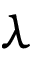
\lambda